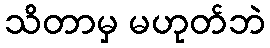
သိတာမှ မဟုတ်ဘဲ